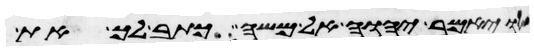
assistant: ויאמר יהוה אל משה כתב לך את